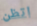
اتظن